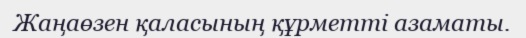
Жаңаөзен қаласының құрметті азаматы.